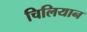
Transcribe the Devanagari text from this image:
चिलियान